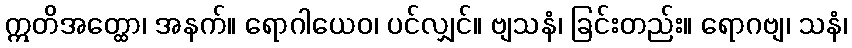
ဣတိအတ္ထော၊ အနက်။ ရောဂါယေဝ၊ ပင်လျှင်။ ဗျသနံ၊ ခြင်းတည်း။ ရောဂဗျ၊ သနံ၊